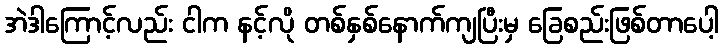
အဲဒါကြောင့်လည်း ငါက နင့်လို တစ်နှစ်နောက်ကျပြီးမှ ခြေစည်းဖြစ်တာပေါ့